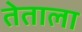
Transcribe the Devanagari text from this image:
तेताला